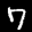
Label: 7